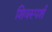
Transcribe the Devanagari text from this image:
शिवस्पर्श